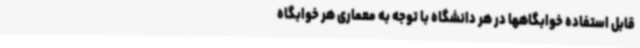
قابل استفاده خوابگاهها در هر دانشگاه با توجه به معماری هر خوابگاه